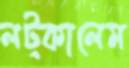
লট্‌কালেম